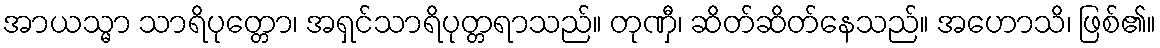
အာယသ္မာ သာရိပုတ္တော၊ အရှင်သာရိပုတ္တရာသည်။ တုဏှီ၊ ဆိတ်ဆိတ်နေသည်။ အဟောသိ၊ ဖြစ်၏။